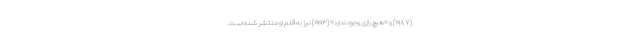
(۱۹۸۷) و «هیچ رازی وجود ندارد» (۱۹۹۳) نیز به قلم او منتشر شده است.